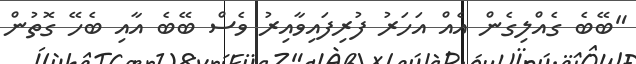
"ބޭބެ ގެއްލިގެން އެއް އަހަރު ފުރިފައިވާއިރު ވެސް ބޭބެ އާއި ބެހޭ ގޮތުން